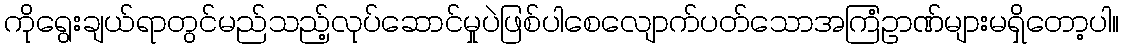
ကိုရွေးချယ်ရာတွင်မည်သည့်လုပ်ဆောင်မှုပဲဖြစ်ပါစေလျောက်ပတ်သောအကြံဥာဏ်များမရှိတော့ပါ။